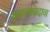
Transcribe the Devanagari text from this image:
कल्पनावादाचा